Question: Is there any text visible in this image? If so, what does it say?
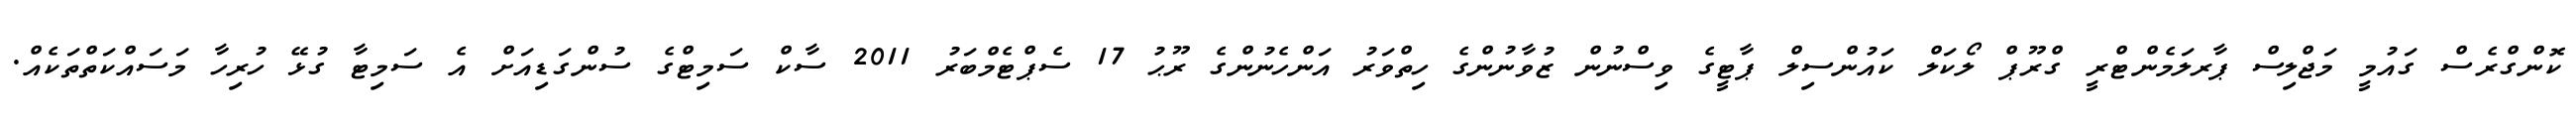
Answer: ކޮންގްރެސް ގައުމީ މަޖްލިސް ޕާރލަމެންޓްރީ ގްރޫޕް ލޯކަލް ކައުންސިލް ޕާޓީގެ ވިސްނުން ޒުވާނުންގެ ހިތްވަރު އަންހެނުންގެ ރޫޙު 17 ސެޕްޓެމްބަރު 2011 ސާކް ސަމިޓްގެ ސުންގަޑިއަށް އެ ސަމިޓާ ގުޅޭ ހުރިހާ މަސައްކަތްތަކެއް.